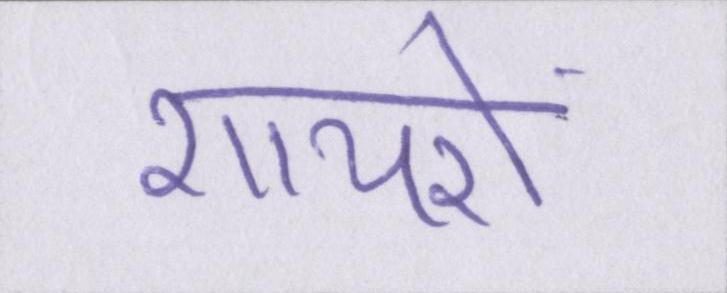
शायरों